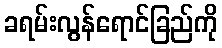
ခရမ်းလွန်ရောင်ခြည်ကို